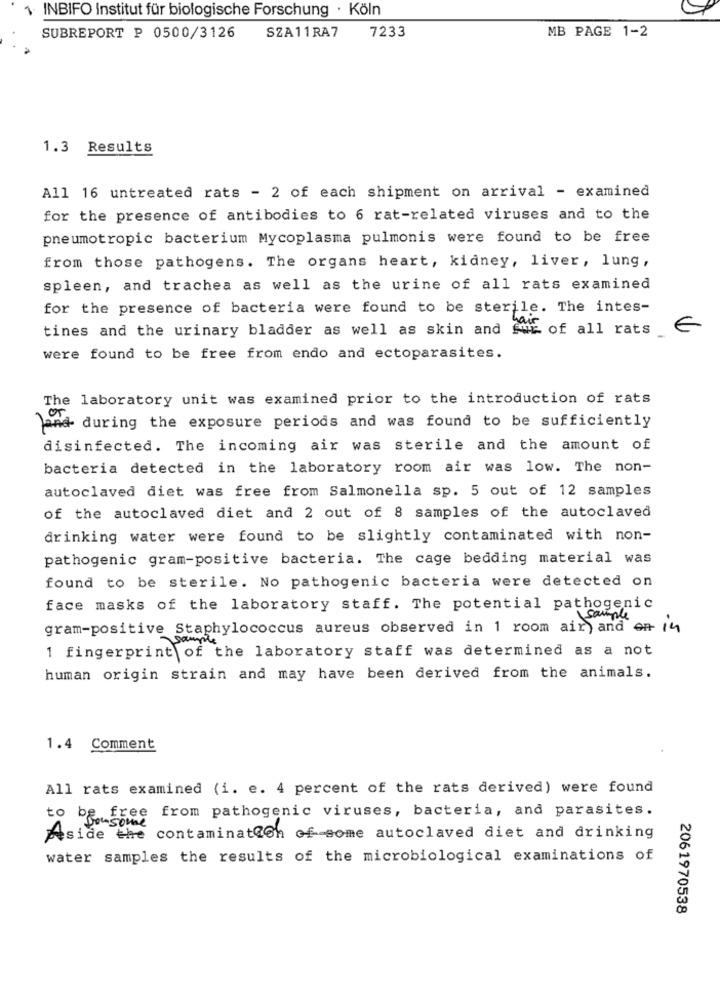
1 INBIFO Institut für biologische Forschung · Köln
SZA11RA7
7233
MB PAGE 1-2
SUBREPORT P 0500/3126
1.3 Results
All 16 untreated rats - 2 of each shipment on arrival - examined
for the presence of antibodies to 6 rat-related viruses and to the
pneumotropic bacterium Mycoplasma pulmonis were found to be free
from those pathogens. The organs heart, kidney, liver, lung,
spleen, and trachea as well as the urine of all rats examined
for the presence of bacteria were found to be sterile. The intes-
tines and the urinary bladder as well as skin and
NE of all rats
€
were found to be free from endo and ectoparasites.
The laboratory unit was examined prior to the introduction of rats
and during the exposure periods and was found to be sufficiently
disinfected. The incoming air was sterile and the amount of
bacteria detected in the laboratory room air was low. The non-
autoclaved diet was free from Salmonella sp. 5 out of 12 samples
of the autoclaved diet and 2 out of 8 samples of the autoclaved
drinking water were found to be slightly contaminated with non-
pathogenic gram-positive bacteria. The cage bedding material was
found to be sterile. No pathogenic bacteria were detected on
face masks of the laboratory staff. The potential pathogenic
sample
gram-positive Staphylococcus aureus observed in 1 room air) and en 14
sample
1 fingerprint of the laboratory staff was determined as a not
human origin strain and may have been derived from the animals.
1.4 Comment
All rats examined (i. e. 4 percent of the rats derived) were found
to be free from pathogenic viruses, bacteria, and parasites.
Aside the contamination of some autoclaved diet and drinking
water samples the results of the microbiological examinations of
2061970538